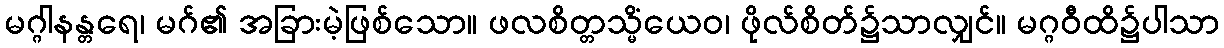
မဂ္ဂါနန္တရေ၊ မဂ်၏ အခြားမဲ့ဖြစ်သော။ ဖလစိတ္တသ္မိံယေဝ၊ ဖိုလ်စိတ်၌သာလျှင်။ မဂ္ဂဝီထိ၌ပါသာ